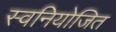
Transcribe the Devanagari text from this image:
स्वनियोजित